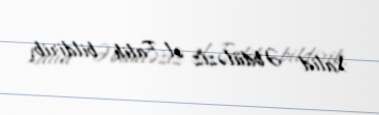
Xalid Əbdüləziz əl-Falih bildirib.